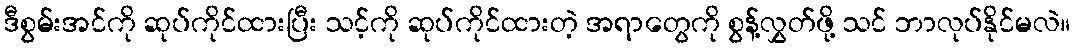
ဒီစွမ်းအင်ကို ဆုပ်ကိုင်ထားပြီး သင့်ကို ဆုပ်ကိုင်ထားတဲ့ အရာတွေကို စွန့်လွှတ်ဖို့ သင် ဘာလုပ်နိုင်မလဲ။